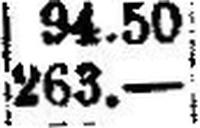
263.—